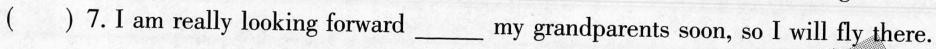
( )7.I am really looking forward_my grandparents soon, so I will fly there.